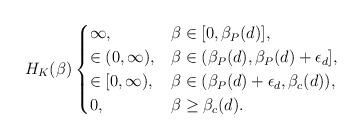
LaTeX: \begin{align*} H_K(\beta)\begin{cases} \infty, & \beta\in[0,\beta_P(d)],\\ \in(0,\infty), & \beta\in (\beta_P(d),\beta_P(d)+\epsilon_d],\\ \in[0,\infty), & \beta \in (\beta_P(d)+\epsilon_d, \beta_c(d)),\\ 0, & \beta\geq \beta_c(d). \end{cases}\end{align*}